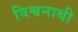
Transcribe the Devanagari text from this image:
विश्वनाथी